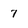
Character: 7